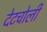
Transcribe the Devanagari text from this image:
देटचोली